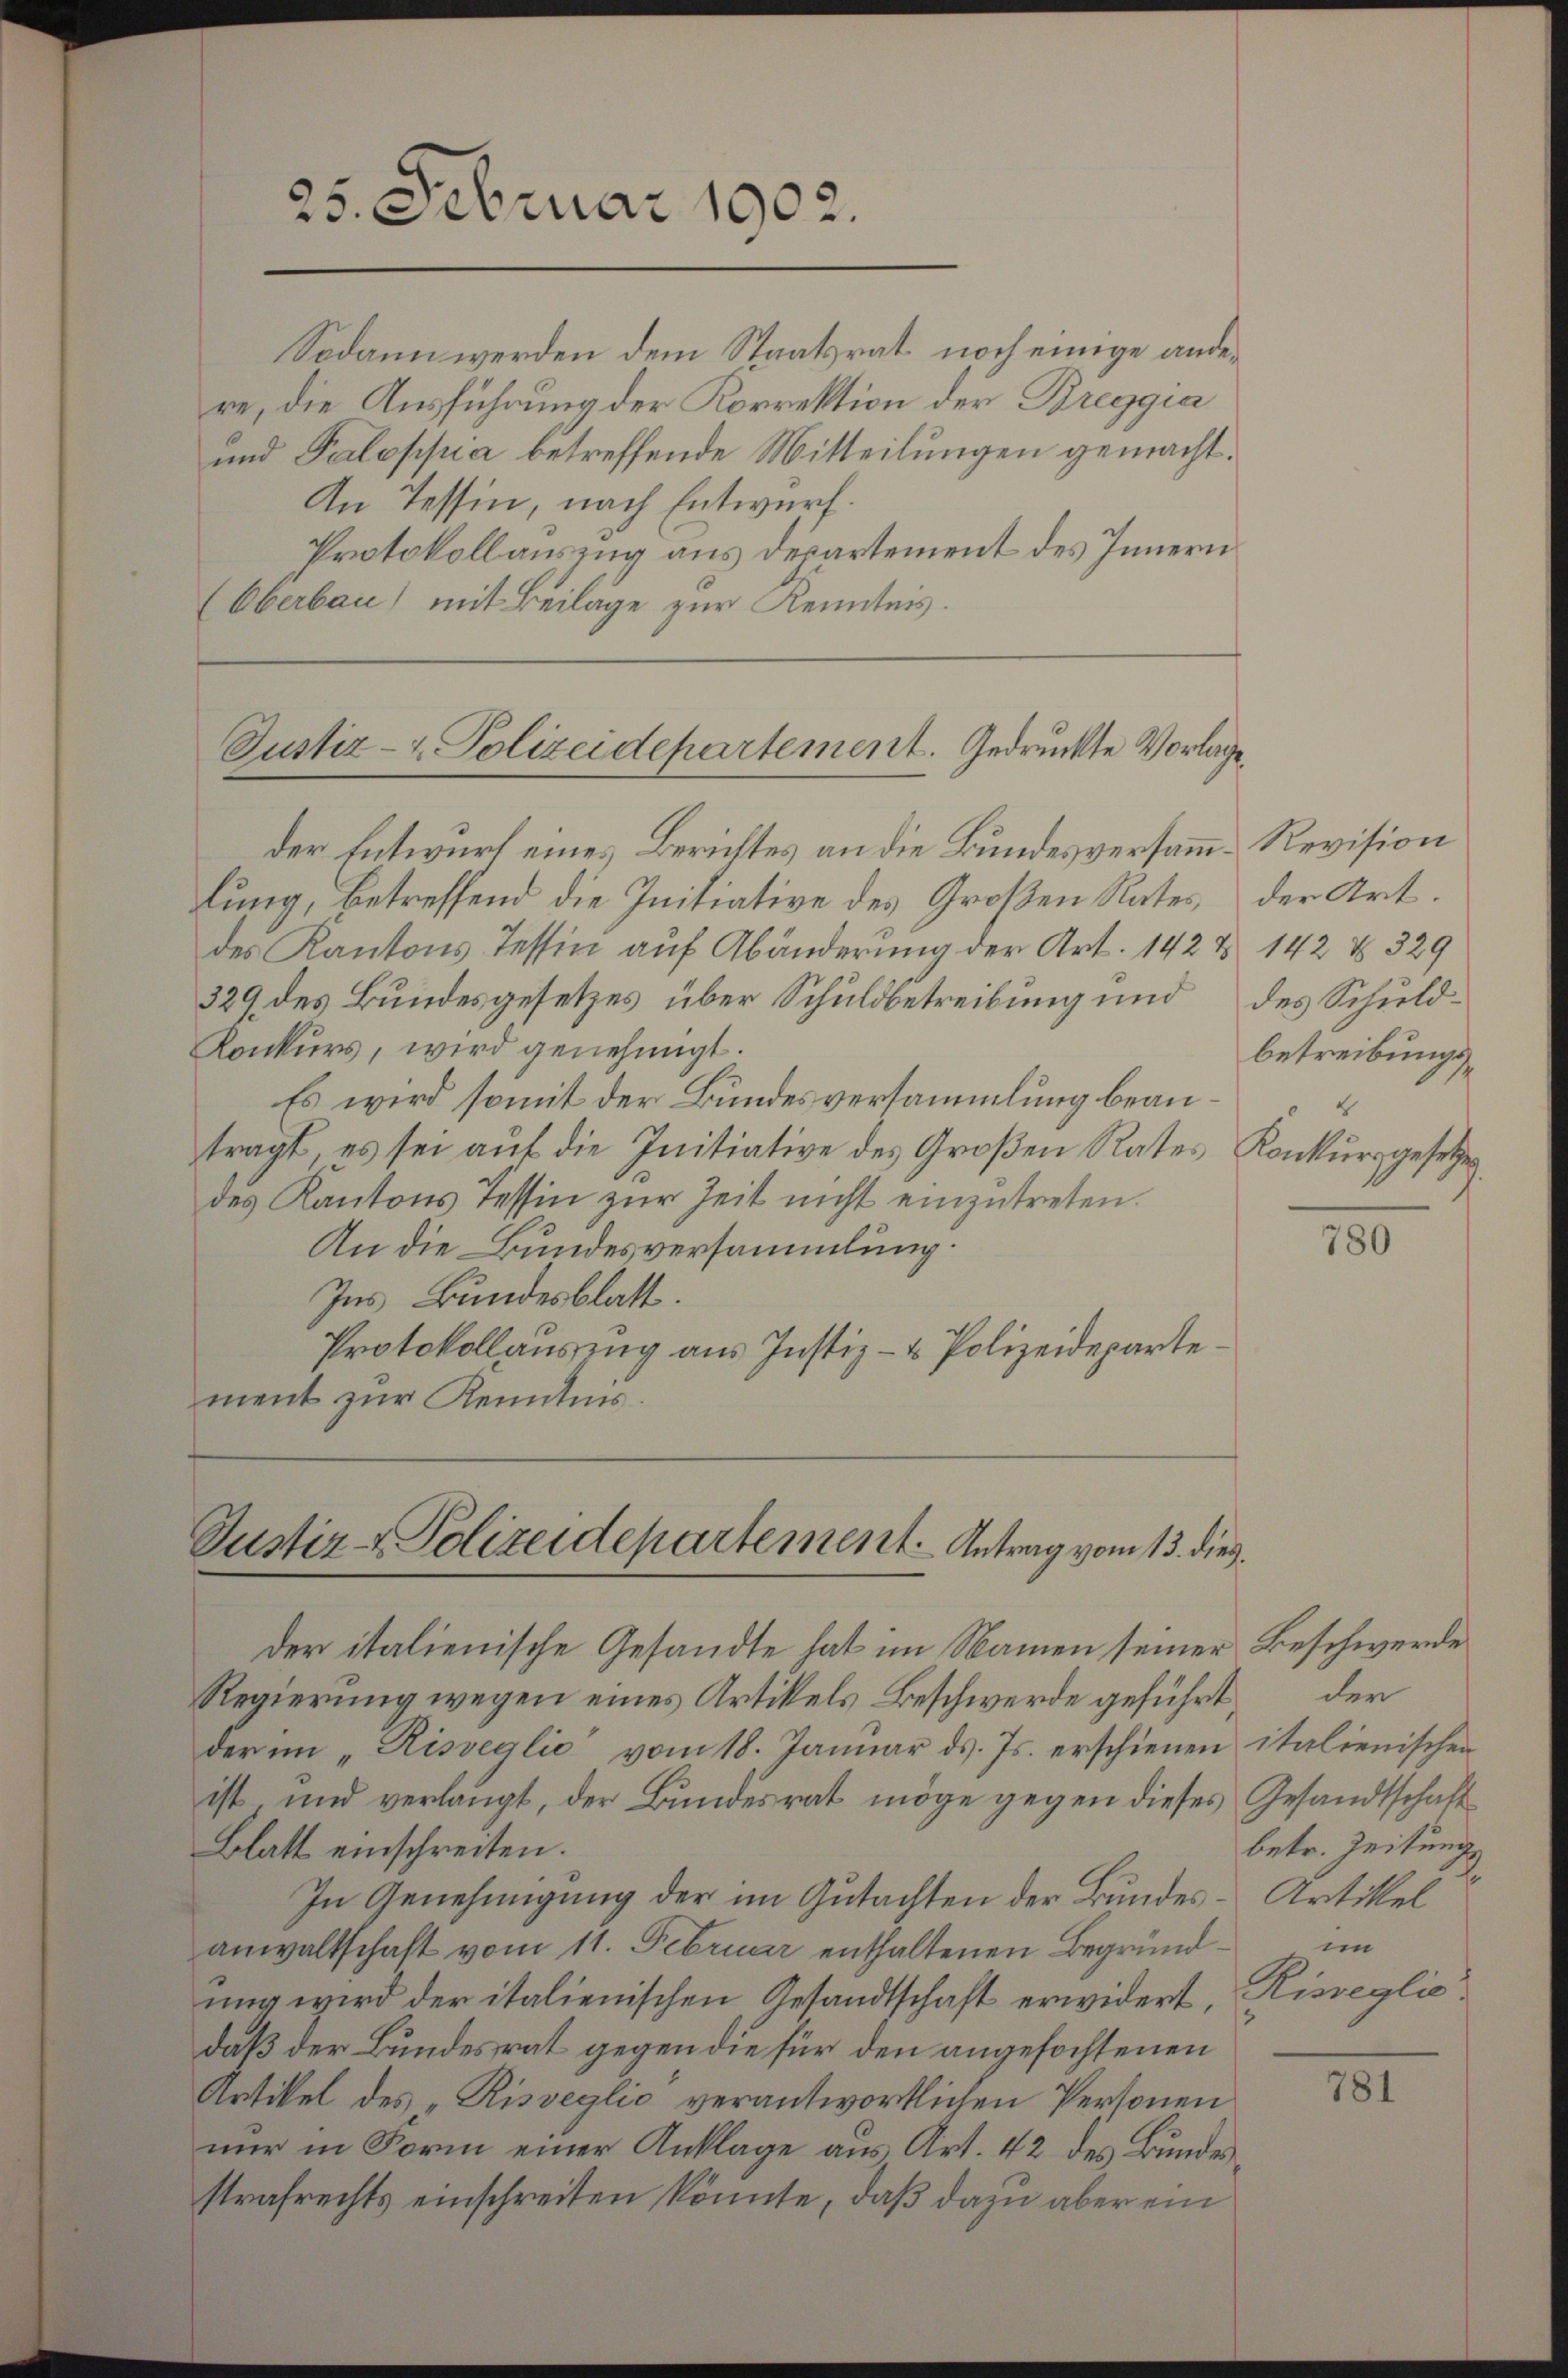
Sodann werden dem Staatsrat noch einige andere, die Ausführung der Korrektion der Breggia
und Paloppia betreffende Mitteilungen gemacht.
An Tessin, nach Entwurf.
Protokollauszug aus Departement des Innern
Oberbau) mit Beilage zur Kenntnis.

25. Februar 1902.

Justiz- & Polizeidepartement. Gedruckte Vorlage,

der Entwurf eines Berichtes an die Bundesversamm-Revision
lung, betreffend die Initiative des Großen Rates,
des Kantons Tessin auf Abänderung der Art. 142 & 142 § 329
329 des Bundesgesetzes über Schuldbetreibung und des Schuld¬
Konkurs, wird genehmigt.
Es wird somit der Bundesversammlung beantragt, es sei aŭf die Initiative des Großen Rates Konkursgesetzes
des Kantons Tessin zŭr Zeit nicht einzutreten.
An die Bundesversammlung.
Ins Bundesblatt.
Protokollauszug aus Justiz- & Polizeideparte
ment zur Kenntnis.

Justiz- & Polizeidepartement. Antrag vom 13. dies

der Art.
betreibungs¬
2

der italienische Gesandte hat im Namen seiner
Regierung wegen eines Artikels Beschwerde geführt,
der im „Risveglio vom 18. Januar ds. Js. erschienen
ist und verlangt, der Bundesrat möge gegen dieses Gesandtschaft
Blatt einschreiten.
In Genehmigung der im Gutachten der Bundesanwaltschaft vom 11. Februar enthaltenen Begründung wird der italienischen Gesandtschaft erwidert, Kisreglie
daß der Bundesrat gegen die für den angefochtenen
Artikel des „Risveglio verantwortlichen Personen
nur in Form einer Anklage aus Art. 42 des Bundesstrafrechts einschreiten könnte, daß dazu aber ein

780

Beschwerde
der
italienischen
betr. Zeitung
Artikel
im

781